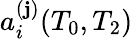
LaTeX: a_{i}^{(\mathbf{j})}(T_{0},T_{2})